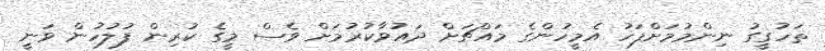
ތަހުގީގު ނިންމުމަށްފަހު އެމީހުންގެ މައްޗަށް ދައުވާކުރުމަށް ވެސް މީގެ ކުރިން ފުލުހުން ވަނީ